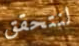
لنتحقق